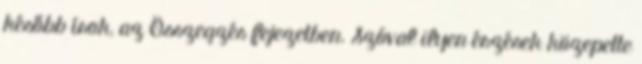
később írok, az Összegzés fejezetben. Szóval ilyen érzések közepette